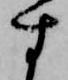
す